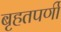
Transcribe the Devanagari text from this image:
बृहतपर्णी